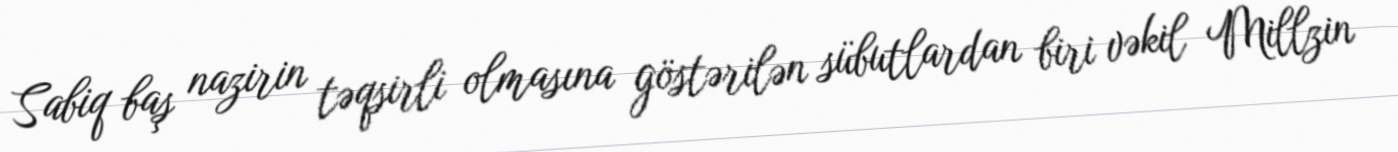
Sabiq baş nazirin təqsirli olmasına göstərilən sübutlardan biri vəkil Millzin